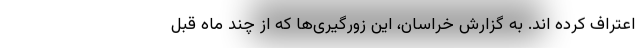
اعتراف کرده اند. به گزارش خراسان، این زورگیری‌ها که از چند ماه قبل